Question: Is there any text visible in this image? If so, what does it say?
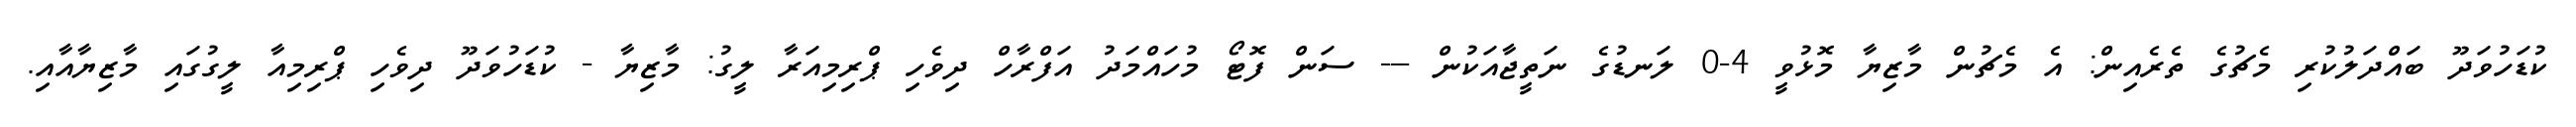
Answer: ކުޑަހުވަދޫ ބައްދަލުކުރި މެޗުގެ ތެރެއިން: އެ މެޗުން މާޒިޔާ މޮޅުވީ 4-0 ލަނޑުގެ ނަތީޖާއަކުން --- ސަން ފޮޓޯ މުހައްމަދު އަފްރާހް ދިވެހި ޕްރިމިއަރާ ލީގު: މާޒިޔާ - ކުޑަހުވަދޫ ދިވެހި ޕްރިމިއާ ލީގުގައި މާޒިޔާއާއި.